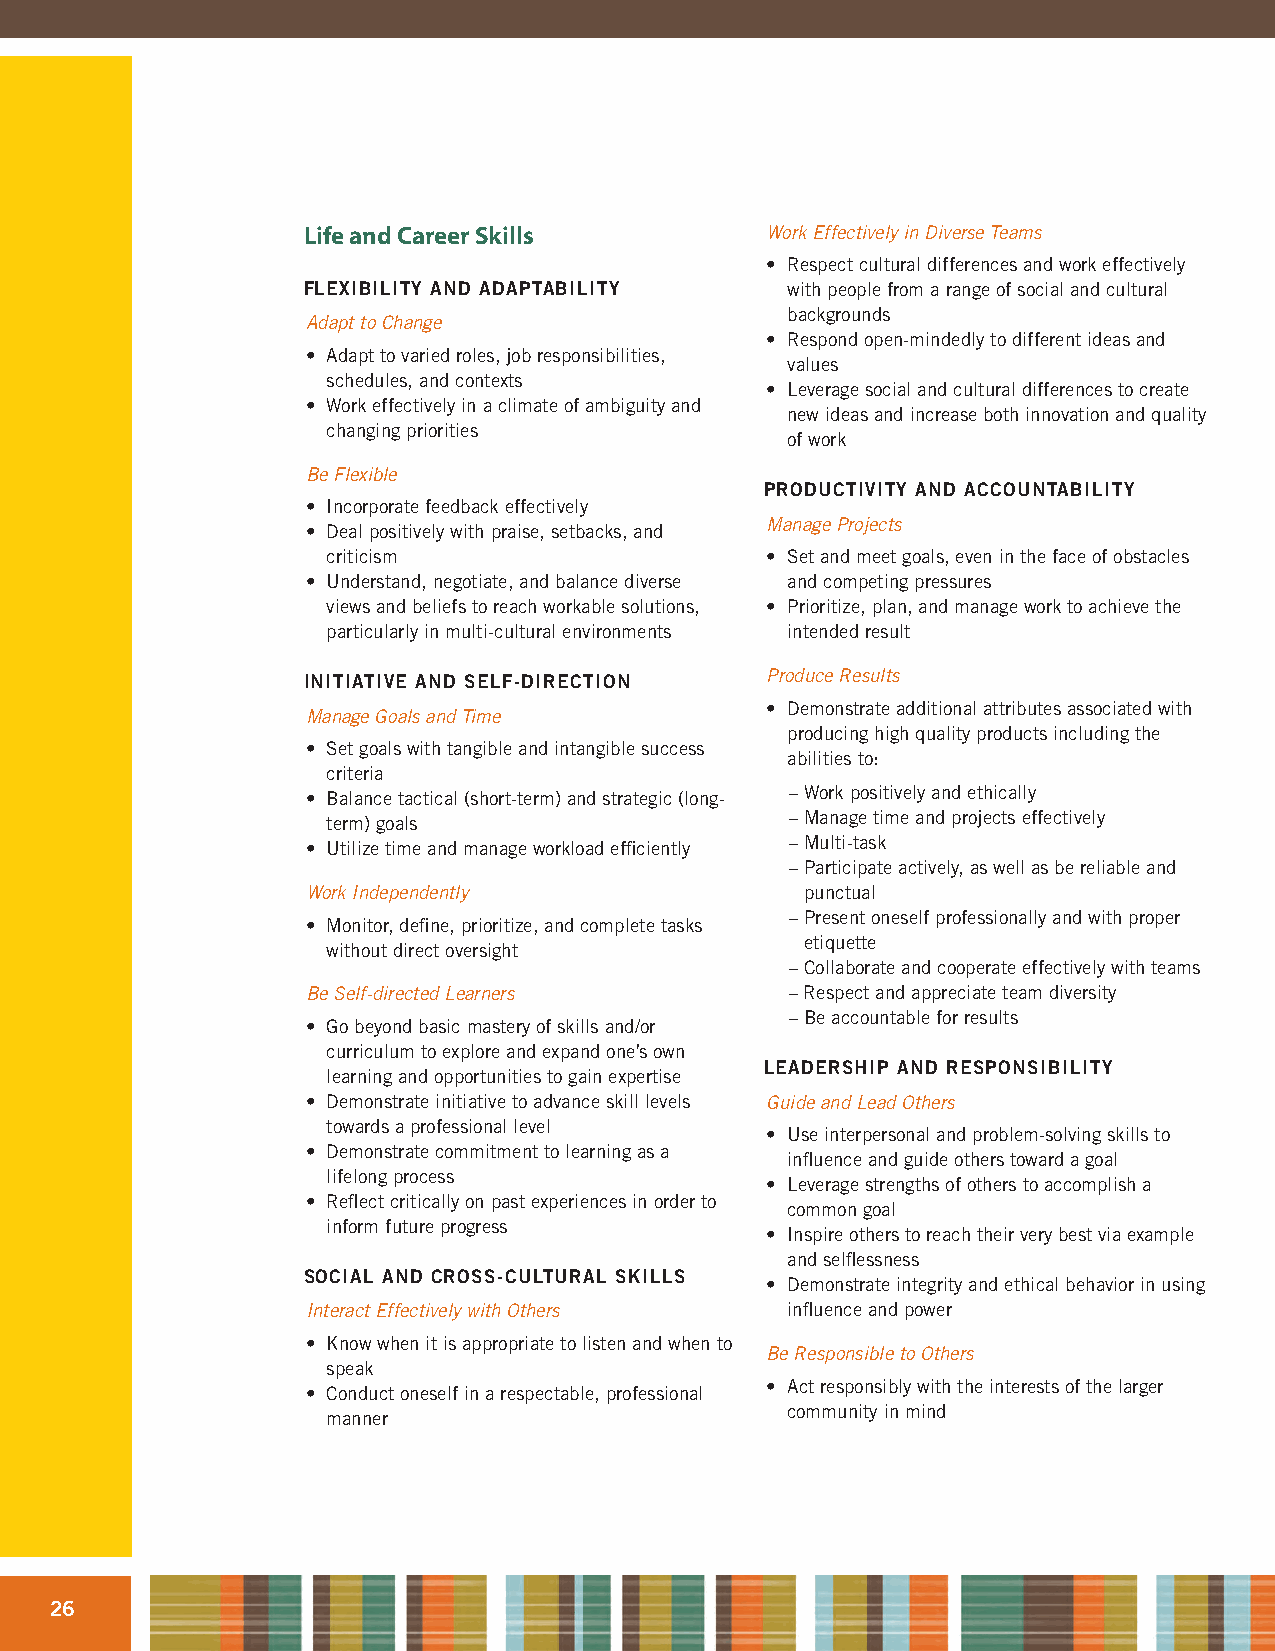
Life and Career Skills         Work Effectively in Diverse Teams
 • Respect cultural differences and work effectively
 FLEXIBILITY AND ADAPTABILITY    with people from a range of social and cultural
 backgrounds
 Adapt to Change
 • Respond open-mindedly to different ideas and
 • Adapt to varied roles, job responsibilities,
 values
 schedules, and contexts
 • Leverage social and cultural differences to create
 • Work effectively in a climate of ambiguity and
 new ideas and increase both innovation and quality
 changing priorities
 of work
 Be Flexible
 PRODUCTIVITY AND ACCOUNTABILITY
 • Incorporate feedback effectively
 Manage Projects
 • Deal positively with praise, setbacks, and
 criticism                    • Set and meet goals, even in the face of obstacles
 • Understand, negotiate, and balance diverse and competing pressures
 views and beliefs to reach workable solutions, • Prioritize, plan, and manage work to achieve the
 particularly in multi-cultural environments intended result
 INITIATIVE AND SELF-DIRECTION  Produce Results
 • Demonstrate additional attributes associated with
 Manage Goals and Time
 producing high quality products including the
 • Set goals with tangible and intangible success
 abilities to:
 criteria
 – Work positively and ethically
 • Balance tactical (short-term) and strategic (long-
 – Manage time and projects effectively
 term) goals
 – Multi-task
 • Utilize time and manage workload efficiently
 – Participate actively, as well as be reliable and
 Work Independently               punctual
 – Present oneself professionally and with proper
 • Monitor, define, prioritize, and complete tasks
 etiquette
 without direct oversight
 – Collaborate and cooperate effectively with teams
 Be Self-directed Learners       – Respect and appreciate team diversity
 – Be accountable for results
 • Go beyond basic mastery of skills and/or
 curriculum to explore and expand one’s own
 LEADERSHIP AND RESPONSIBILITY
 learning and opportunities to gain expertise
 • Demonstrate initiative to advance skill levels Guide and Lead Others
 towards a professional level
 • Use interpersonal and problem-solving skills to
 • Demonstrate commitment to learning as a
 influence and guide others toward a goal
 lifelong process
 • Leverage strengths of others to accomplish a
 • Reflect critically on past experiences in order to
 common goal
 inform future progress
 • Inspire others to reach their very best via example
 and selflessness
 SOCIAL AND CROSS-CULTURAL SKILLS
 • Demonstrate integrity and ethical behavior in using
 Interact Effectively with Others influence and power
 • Know when it is appropriate to listen and when to
 Be Responsible to Others
 speak
 • Act responsibly with the interests of the larger
 • Conduct oneself in a respectable, professional
 community in mind
 manner
 26